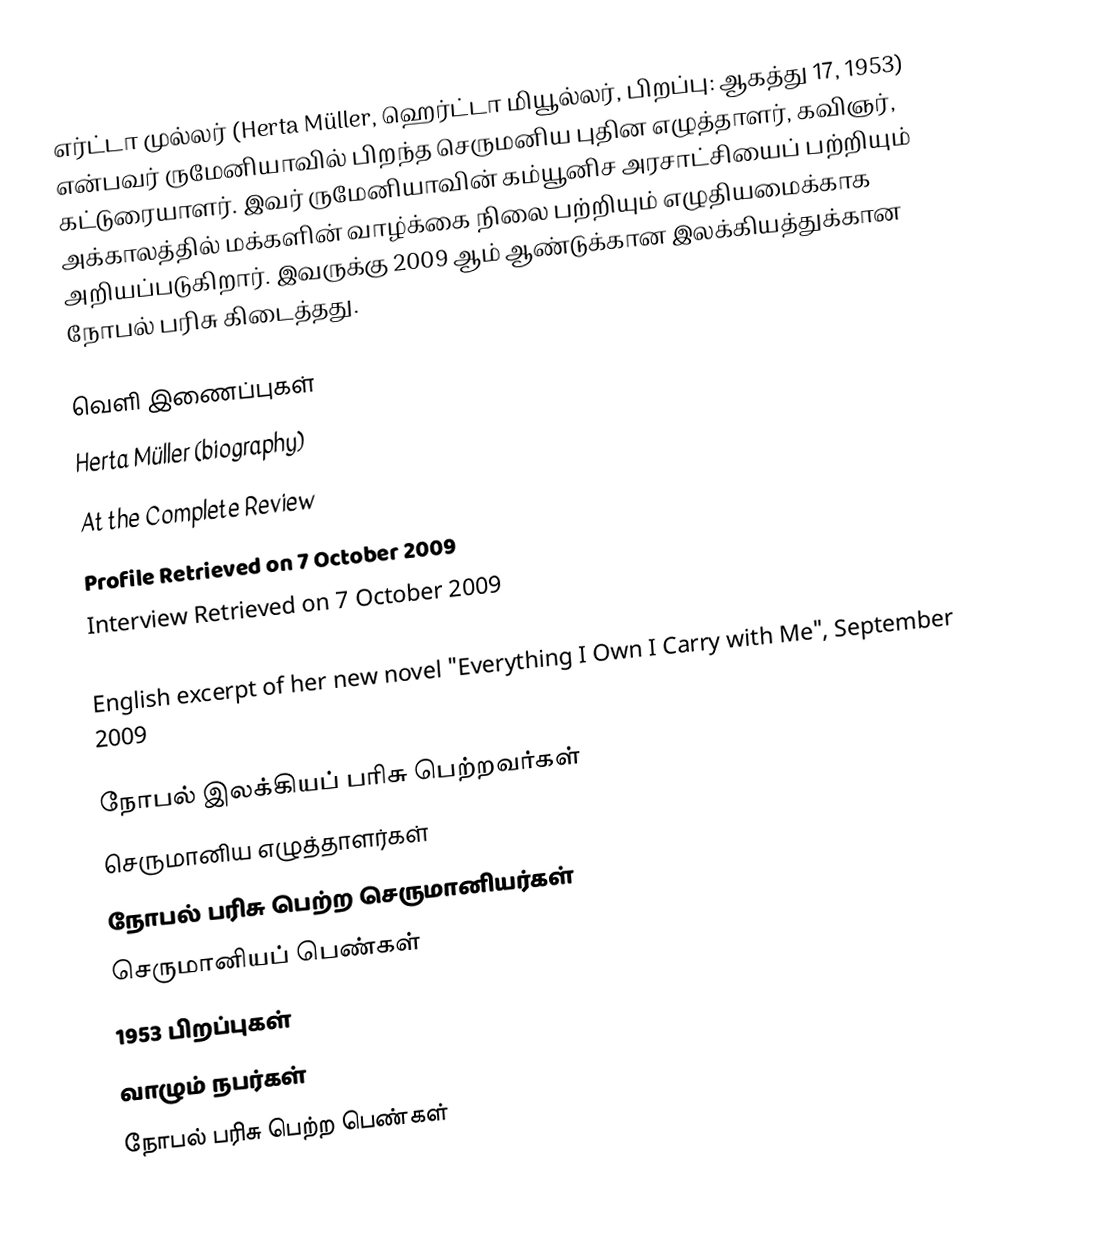
எர்ட்டா முல்லர் (Herta Müller, ஹெர்ட்டா மியூல்லர், பிறப்பு: ஆகத்து 17, 1953) என்பவர் ருமேனியாவில் பிறந்த செருமனிய புதின எழுத்தாளர், கவிஞர், கட்டுரையாளர். இவர் ருமேனியாவின் கம்யூனிச அரசாட்சியைப் பற்றியும் அக்காலத்தில் மக்களின் வாழ்க்கை நிலை பற்றியும் எழுதியமைக்காக அறியப்படுகிறார். இவருக்கு 2009 ஆம் ஆண்டுக்கான இலக்கியத்துக்கான நோபல் பரிசு கிடைத்தது.

வெளி இணைப்புகள்
 Herta Müller (biography)
 At the Complete Review
 Profile  Retrieved on 7 October 2009
 Interview  Retrieved on 7 October 2009
 An article by Herta Müller about her ongoing fight with the Securitate, August 2009
 English excerpt of her new novel "Everything I Own I Carry with Me", September 2009

நோபல் இலக்கியப் பரிசு பெற்றவர்கள்
செருமானிய எழுத்தாளர்கள்
நோபல் பரிசு பெற்ற செருமானியர்கள்
செருமானியப் பெண்கள்
1953 பிறப்புகள்
வாழும் நபர்கள்
நோபல் பரிசு பெற்ற பெண்கள்